Annual administration and progress report of the Indian Medical Department, Bombay
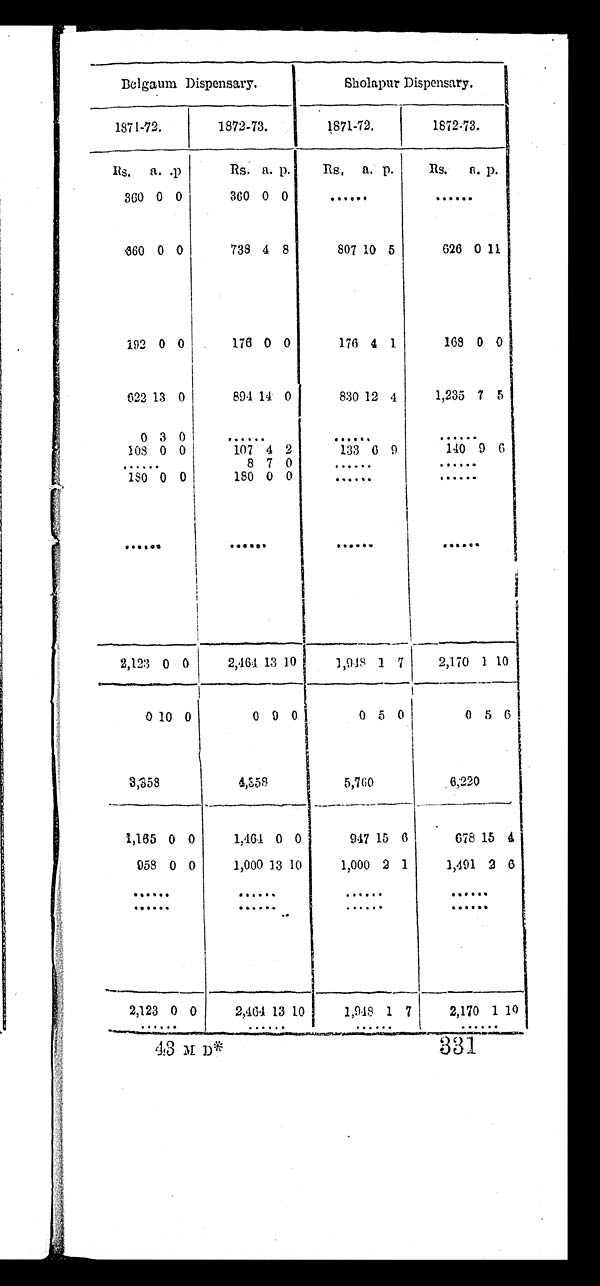
Belgaum Dispensary.
Sholapur Dispensary.
1871-72.
1872-73.
1871-72.
1872-73.
R s .a. .p
Rs. a. p.
Rs.
a. p.
Rs.
a. p.
360 0 0
360 0 0
. . .. . .
860 0 0
738 4 8
807 10 5
626 0 11
192 0 0
176 0 0
176 4 1
168 0 0
622 13 0
891 14 0
830 12 4
1,235 7 5
0 3 0
. . .
. . .
. . .
108 0 0
107 4 2
133 6 9
140 9
6
. . .
8 7 0
. . .
. . .
150 0 0
180 0 0
. . .
. . .
. . .
. . .
. . .. . .
2,123 0 0
2,464 13 10
1,948 1 7
2,170 1 10
0 10 0
0 9 0
0 5 0
0 5 6
3,358
4,358
5,760
6;220
1,165 0 0
1,464 0 0
947 15 6
678 15 4
958 0 0
1,000 13 10
1,000 2 1
1,491 2
6
. . .. . .
. . .
. . .
. . .
. . .
. . .
. . .
2,123 0 0
2,464 13 10
1,918 1 7 I2,170 1 10
. . .
. . .
. . .
. . .
43 M D
3 3 1